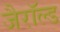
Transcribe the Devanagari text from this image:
जैरॉल्ड